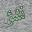
نشؤ